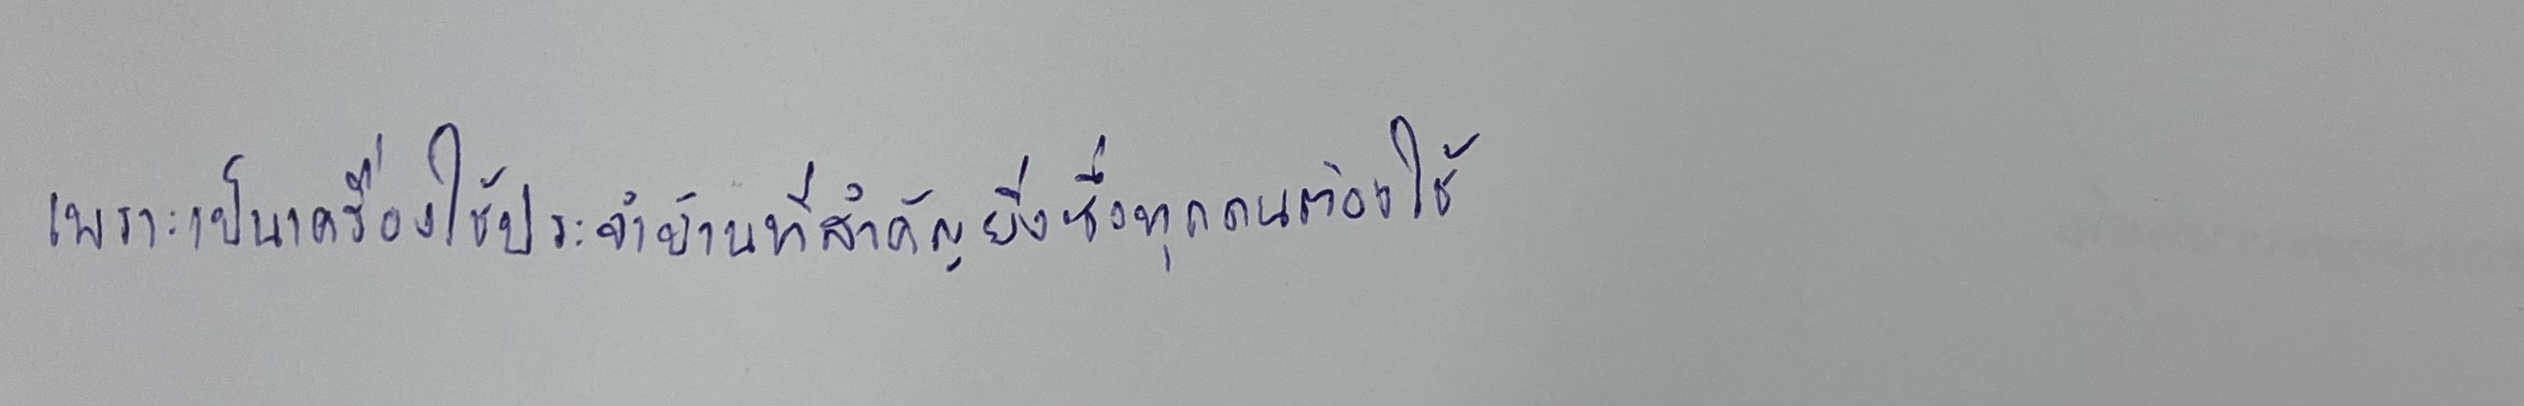
เพราะเป็นเครื่องใช้ประจำบ้านที่สำคัญยิ่งซึ่งทุกคนต้องใช้